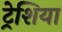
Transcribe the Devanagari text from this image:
ट्रेशिया